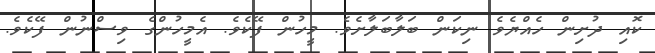
ކޮއި ދުށިން ހެއްޔެވެ ނިކަން ބަލާބަލާށެވެ. މީހުން ފޭކެވެ. އެމީހުންގެ ވިސްނުން ފޭކެވެ.